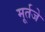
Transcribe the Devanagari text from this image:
मूर्तजे